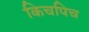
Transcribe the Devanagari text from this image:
किचपिच